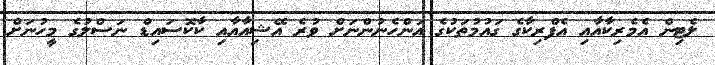
ލެޓިން އެމެރިކާއާއި އެފްރިކާގެ ގައުމުތަކުގެ އަންހެނުންނަށް ވުރެ އޭޝިއާއާއި ކާކޮސައިޑް ނަސްލުގެ މީހުނަށް